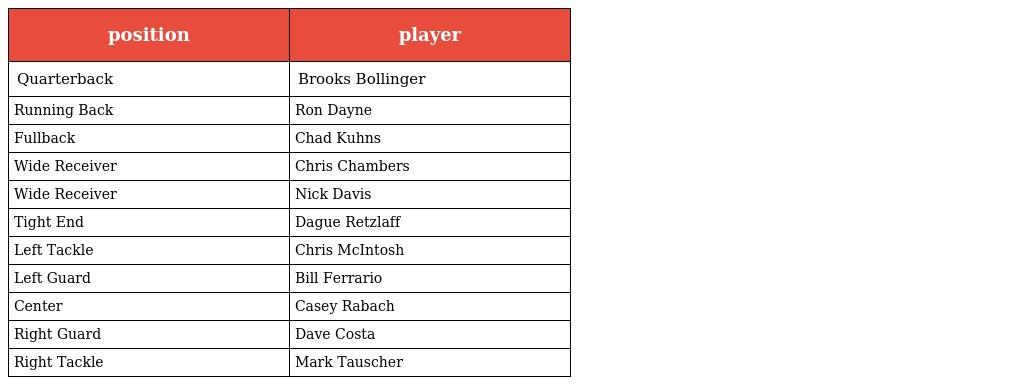
| position | player |
 | --- | --- |
 | Quarterback | Brooks Bollinger |
 | Running Back | Ron Dayne |
 | Fullback | Chad Kuhns |
 | Wide Receiver | Chris Chambers |
 | Wide Receiver | Nick Davis |
 | Tight End | Dague Retzlaff |
 | Left Tackle | Chris McIntosh |
 | Left Guard | Bill Ferrario |
 | Center | Casey Rabach |
 | Right Guard | Dave Costa |
 | Right Tackle | Mark Tauscher |